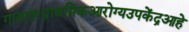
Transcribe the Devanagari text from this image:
गावात१प्राथमिकआरोग्यउपकेंद्रआहे